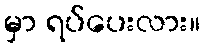
မှာ ရပ်ပေးလား။